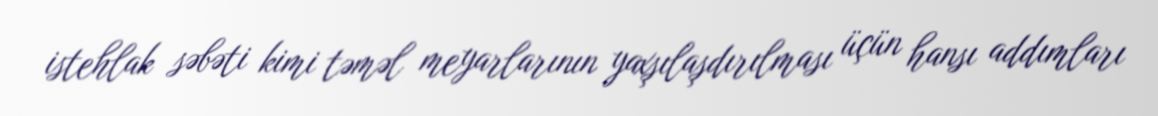
istehlak səbəti kimi təməl meyarlarının yaxşılaşdırılması üçün hansı addımları